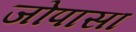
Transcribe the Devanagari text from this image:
जोपासा